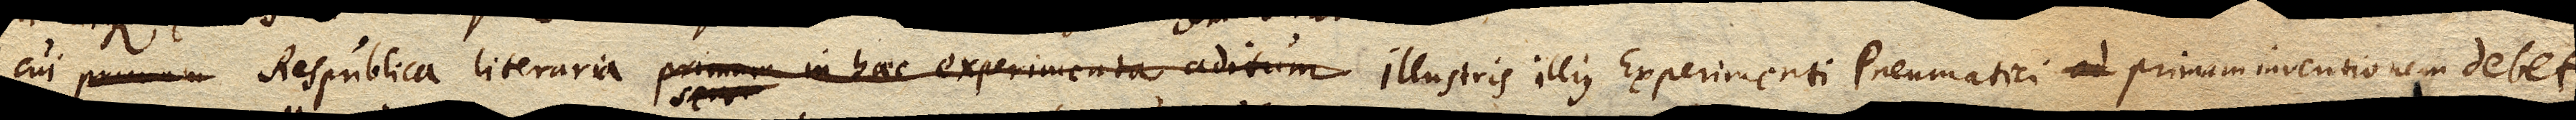
cui Respublica literaria primum in haec experimenta aditum illustris illius Experimenti Pneumatici ad primam inventionem debet